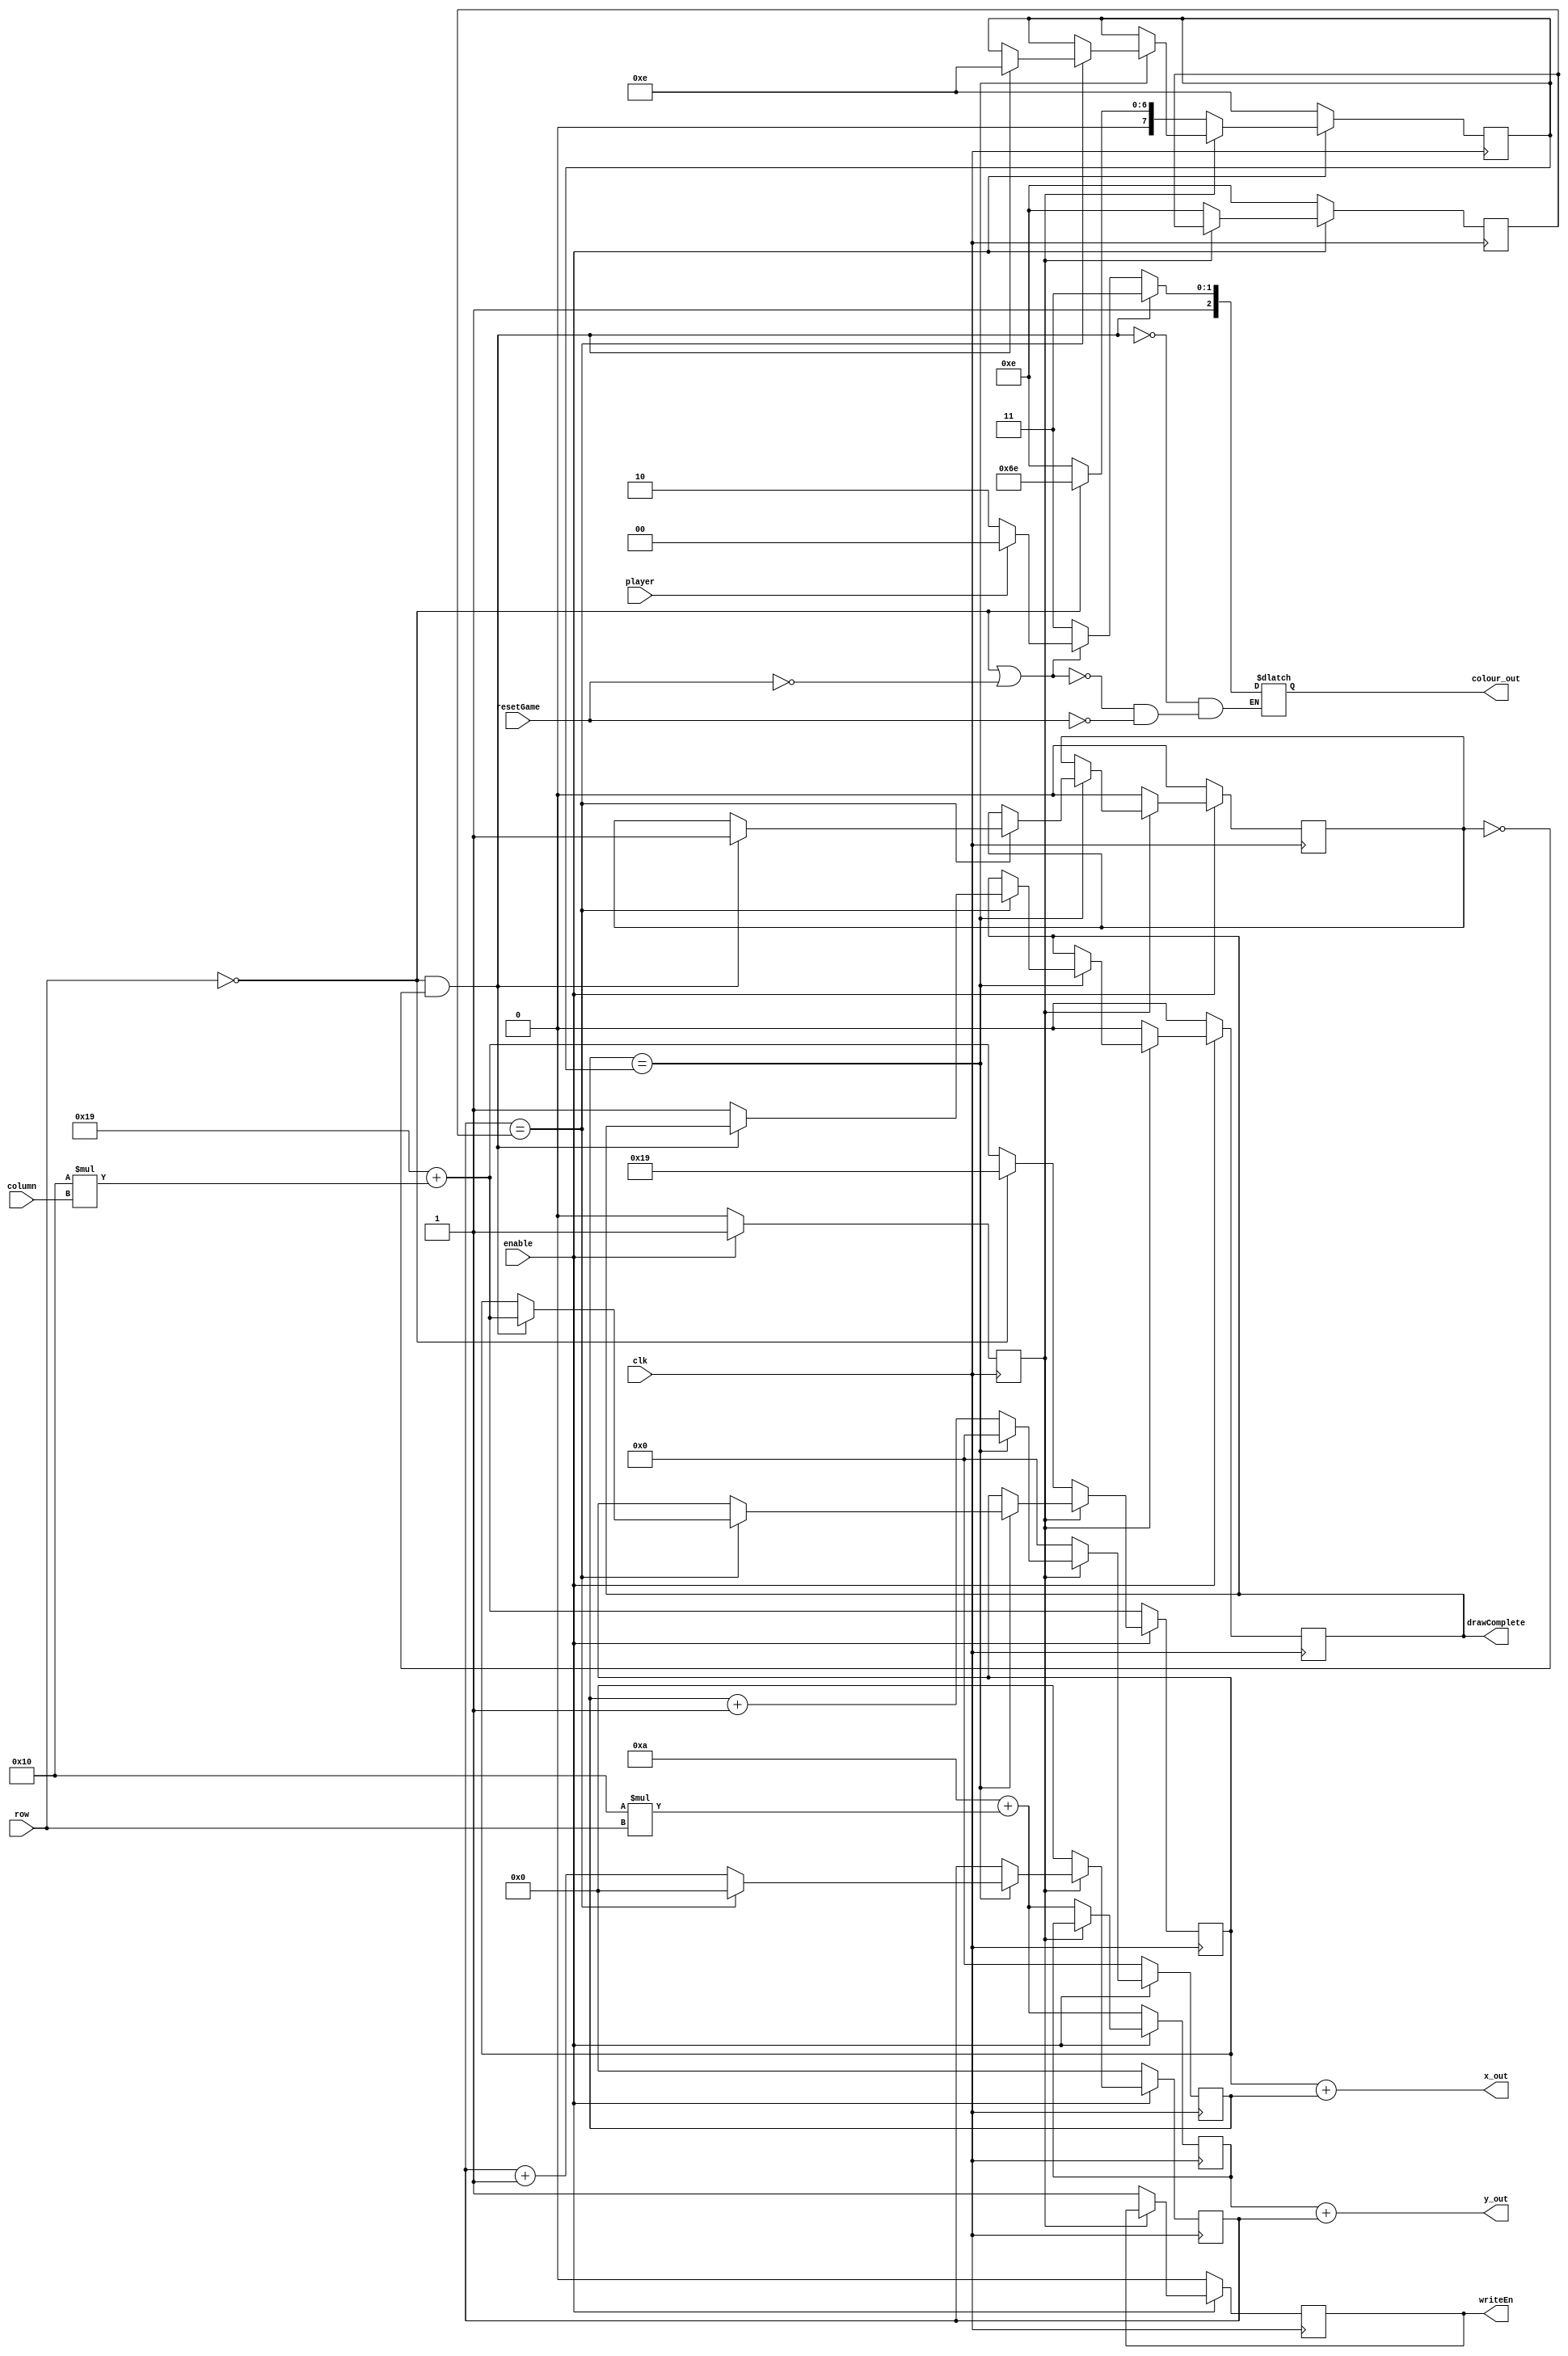
module draw (
	input clk,
	input [2:0] column,
	input [2:0] row,
	input enable,
	input player,
	input resetGame,
	output reg writeEn,
	output [7:0] x_out,
	output [6:0] y_out,
	output [2:0] colour_out,
	output reg drawComplete
	);

	reg [7:0] x, x_offset, x_limit;
	reg [6:0] y, y_offset, y_limit;
	reg [2:0] colour;
	reg isFirstDrawn, init;

	initial begin
		x <= 8'd25;
		y <= 7'd10;
		x_offset <= 8'd0;
		y_offset <= 7'd0;
		x_limit <= 8'd14;
		y_limit <= 7'd14;
		drawComplete <= 0;
		isFirstDrawn <= 0;
		init <= 0;
		writeEn <= 0;
	end

	always @(posedge clk) begin
		if (enable) begin
			if (!init) begin
				init <= 1;
				if (row == 3'd0) begin
					x_limit <= 8'd110;
					x <= 8'd25;
				end
				else begin
					x <= 8'd25 + (5'd16 * {2'b0, column});
					x_limit <= 8'd14;
				end
				y <= 7'd10 + (5'd16 * {2'b0, row});
				x_offset <= 8'd0;
				y_offset <= 7'd0;
				y_limit <= 7'd14;
				drawComplete <= 0;
				isFirstDrawn <= 0;
				writeEn <= 1;
			end
			else if (x_offset == x_limit) begin
				if (y_offset == y_limit) begin
					if (row == 3'd0 && !isFirstDrawn) begin	
						x <= 8'd25 + (5'd16 * {2'b0, column});
						x_limit <= 8'd14;
						x_offset <= 8'd0;
						isFirstDrawn <= 1;
					end
					else drawComplete <= 1;
					y_offset <= 7'd0;
				end
				else begin
					y_offset <= y_offset + 7'd1;
				end
				x_offset <= 8'd0;
			end
			else begin
				x_offset <= x_offset + 8'd1;
			end
		end
		else begin 
			x <= 8'd25 + (5'd16 * {2'b0, column});
			y <= 7'd10 + (5'd16 * {2'b0, row});
			x_offset <= 8'd0;
			y_offset <= 7'd0;
			x_limit <= 8'd14;
			y_limit <= 7'd14;
			drawComplete <= 0;
			isFirstDrawn <= 0;
			init <= 0;
			writeEn <= 0;
		end
	end

	always @(*) begin
		if (row == 3'd0 && !isFirstDrawn) colour <= 3'b111;
		else if (row == 3'd0 || !resetGame) colour <= player ? 3'b100 : 3'b110;
		else if (resetGame) colour <= 3'b111;
	end

	assign x_out = x + x_offset;
	assign y_out = y + y_offset;
	assign colour_out = colour;
endmodule